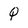
Character: Q